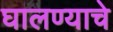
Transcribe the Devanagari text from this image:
घालण्‍याचे